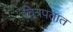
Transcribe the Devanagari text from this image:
चित्रपतात